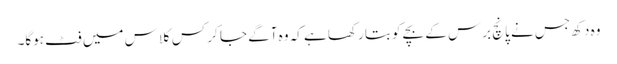
وہ دکھ جس نے پانچ برس کے بچے کو بتا رکھا ہے کہ وہ آگے جا کر کس کلاس میں فٹ ہوگا۔